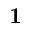
\mathbf { 1 }